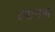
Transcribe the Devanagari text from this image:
प्रचाराचा